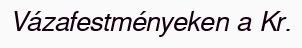
Vázafestményeken a Kr.